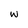
Character: w